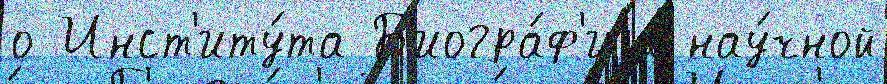
о Инст'иту́та Б'иогра́ф'иjа нау́чной